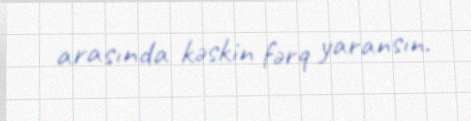
arasında kəskin fərq yaransın.